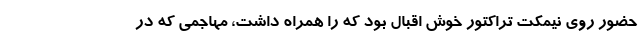
حضور روی نیمکت تراکتور خوش اقبال بود که را همراه داشت، مهاجمی که در